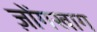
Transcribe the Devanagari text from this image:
ज़ोंगखाग